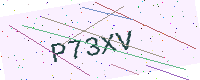
Text: P73XV